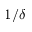
1 / \delta